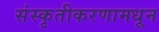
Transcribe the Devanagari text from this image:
संस्कृतीकरणामधून